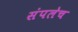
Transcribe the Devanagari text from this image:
संपलेच